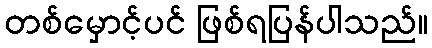
တစ်မှောင့်ပင် ဖြစ်ရပြန်ပါသည်။